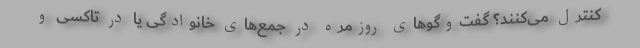
کنترل می‌کنند؟ گفت‌وگوهای روزمره در جمع‌های خانوادگی یا در تاکسی و